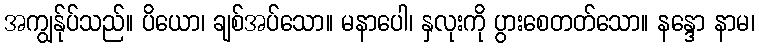
အကျွန်ုပ်သည်။ ပိယော၊ ချစ်အပ်သော။ မနာပေါ၊ နှလုးကို ပွားစေတတ်သော။ နန္ဒော နာမ၊